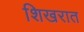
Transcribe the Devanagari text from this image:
शिखरात